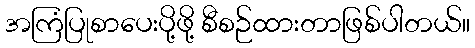
အကြံပြုစာပေးပို့ဖို့ စီစဉ်ထားတာဖြစ်ပါတယ်။